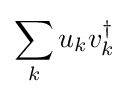
\sum _{k}u_{k}v_{k}^{\dagger }